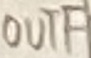
Text: OUTF